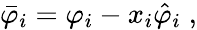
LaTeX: \bar{\varphi}_{i}=\varphi_{i}-x_{i}\hat{\varphi}_{i}\; ,